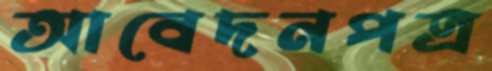
আবেদনপত্র